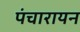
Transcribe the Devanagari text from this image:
पंचारायन